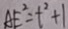
A E ^ { 2 } = t ^ { 2 } + 1